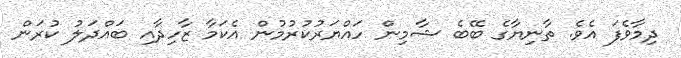
ދިމާވެފަ އެވެ. ތާނިޔާގެ ބޭބެ ޝާމިން ހައްޔަރުކުރުމުން އެކަމާ ޒާހިދާއި ބައްދަލު ކުރަން